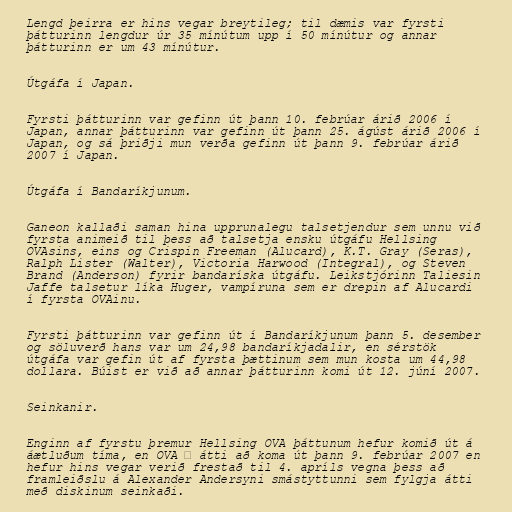
Lengd þeirra er hins vegar breytileg; til dæmis var fyrsti
þátturinn lengdur úr 35 mínútum upp í 50 mínútur og annar
þátturinn er um 43 mínútur.

Útgáfa í Japan.

Fyrsti þátturinn var gefinn út þann 10. febrúar árið 2006 í
Japan, annar þátturinn var gefinn út þann 25. ágúst árið 2006 í
Japan, og sá þriðji mun verða gefinn út þann 9. febrúar árið
2007 í Japan.

Útgáfa í Bandaríkjunum.

Ganeon kallaði saman hina upprunalegu talsetjendur sem unnu við
fyrsta animeið til þess að talsetja ensku útgáfu Hellsing
OVAsins, eins og Crispin Freeman (Alucard), K.T. Gray (Seras),
Ralph Lister (Walter), Victoria Harwood (Integral), og Steven
Brand (Anderson) fyrir bandaríska útgáfu. Leikstjórinn Taliesin
Jaffe talsetur líka Huger, vampíruna sem er drepin af Alucardi
í fyrsta OVAinu.

Fyrsti þátturinn var gefinn út í Bandaríkjunum þann 5. desember
og söluverð hans var um 24,98 bandaríkjadalir, en sérstök
útgáfa var gefin út af fyrsta þættinum sem mun kosta um 44,98
dollara. Búist er við að annar þátturinn komi út 12. júní 2007.

Seinkanir.

Enginn af fyrstu þremur Hellsing OVA þáttunum hefur komið út á
áætluðum tíma, en OVA Ⅲ átti að koma út þann 9. febrúar 2007 en
hefur hins vegar verið frestað til 4. apríls vegna þess að
framleiðslu á Alexander Andersyni smástyttunni sem fylgja átti
með diskinum seinkaði.